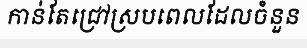
កាន់តែជ្រៅស្របពេលដែលចំនួន